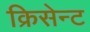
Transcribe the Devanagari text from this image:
क्रिसेन्‍ट